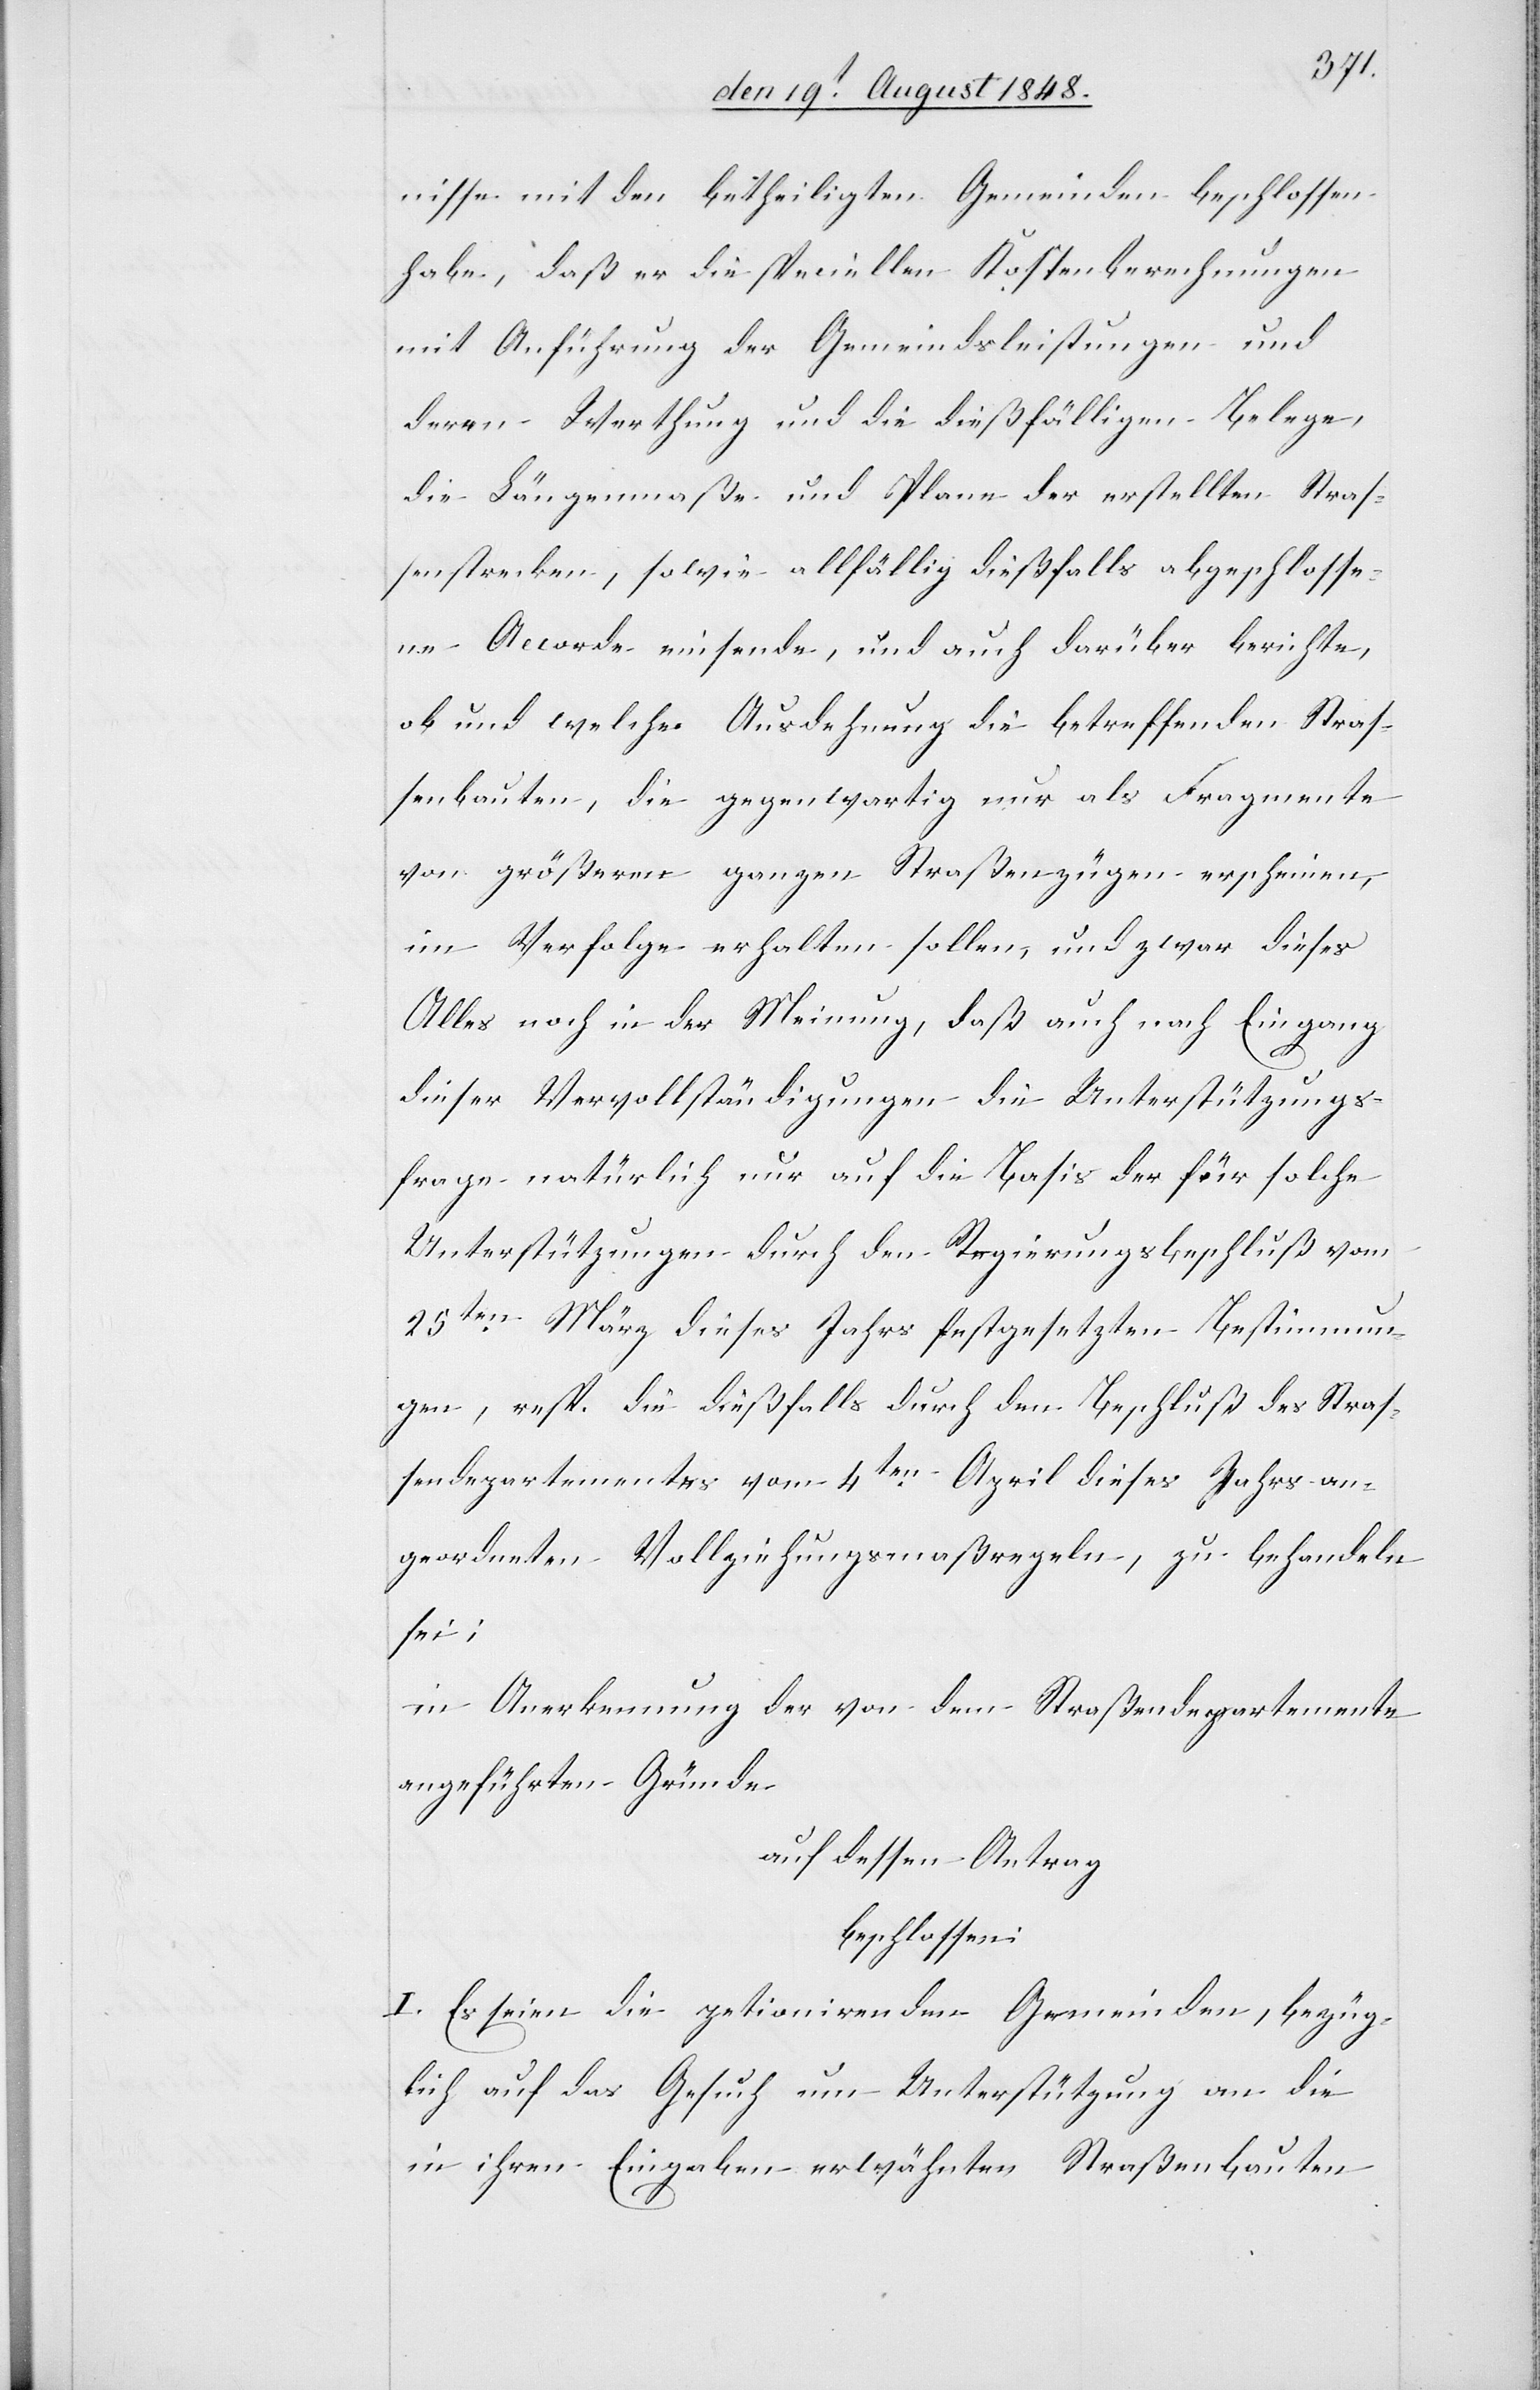
nisse mit den betheiligten Gemeinden beschlossen
habe, daß er die speciellen Kostenberechnungen
mit Anführung der Gemeindsleistungen und
deren Werthung und die dießfälligen Belege,
die Längenmaße und Plane der erstellten Straß¬
enstrecken, sowie allfällig dießfalls abgeschlosse¬
ne Accorde einsende, und auch darüber berichte,
ob und welche Ausdehnung die betreffenden Straß¬
enbauten, die gegenwartig [sic!] nur als Fragmente
von größern ganzen Straßenzügen erscheinen,
im Verfolge erhalten sollen, und zwar dieses
Alles noch in der Meinung, daß auch nach Eingang
dieser Vervollständigungen die Unterstützungs¬
frage natürlich nur auf die Basis der für solche
Unterstützungen durch den Regierungsbeschluß vom
25ten März dieses Jahres festgesetzten Bestimmun¬
gen, resp. die dießfalls durch den Beschluß des Straß¬
endepartementes vom 4ten April dieses Jahres an¬
geordneten Vollziehungsmaßregeln, zu behandeln
sei;
in Anerkennung der von dem Straßendepartemente
angeführten Gründe
auf dessen Antrag
beschlossen:
I. Es seien die petionirenden Gemeinden, bezüg¬
lich auf das Gesuch um Unterstützung an die
in ihren Eingaben erwähnten Straßenbauten